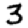
Digit: 3